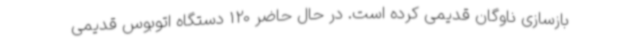
بازسازی ناوگان قدیمی کرده است. در حال حاضر 120 دستگاه اتوبوس قدیمی